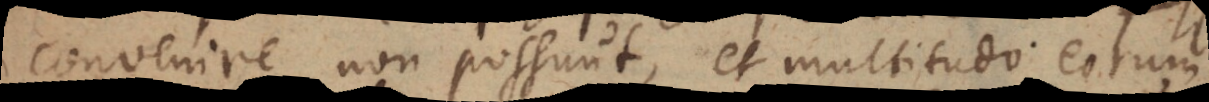
convenire non possunt, et multitudo eorum